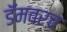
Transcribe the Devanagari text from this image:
डॅमवरच